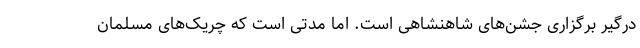
درگیر برگزاری جشن‌های شاهنشاهی است. اما مدتی است که چریک‌های مسلمان